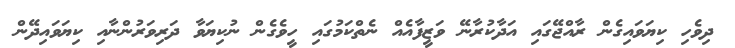
ދިވެހި ކިޔަވައިގެން ރާއްޖޭގައި އަދާކުރާނޭ ވަޒީފާއެއް ނެތްކަމުގައި ހީވެގެން ނުކިޔަވާ ދަރިވަރުންނާއި ކިޔަވައިދޭން